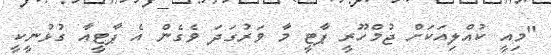
"މިއީ ކުއްލިއަކަށް ޖުމްހޫރީ ޕާޓީ މާ ވަރުގަދަ ވެގެން އެ ޕާޓީއާ ގުޅުނީކީ